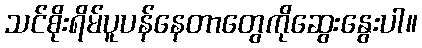
သင်စိုးရိမ်ပူပန်နေတာတွေကိုဆွေးနွေးပါ။